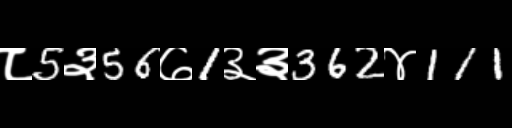
Text: ८5३56७1३३362४111